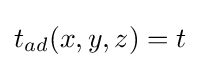
t_{ad}(x,y,z)=t